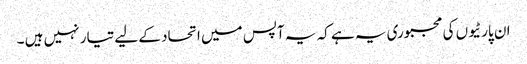
ان پارٹیوں کی مجبوری یہ ہے کہ یہ آپس میں اتحاد کے لیے تیار نہیں ہیں ۔